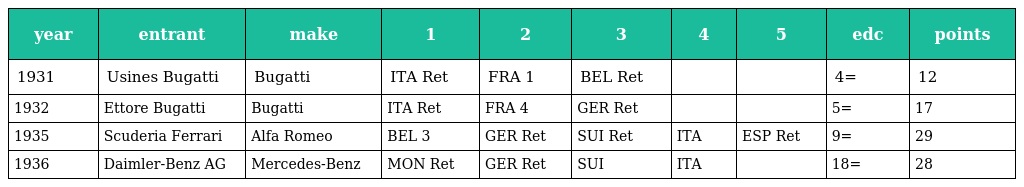
| year | entrant | make | 1 | 2 | 3 | 4 | 5 | edc | points |
 | --- | --- | --- | --- | --- | --- | --- | --- | --- | --- |
 | 1931 | Usines Bugatti | Bugatti | ITA Ret | FRA 1 | BEL Ret |  |  | 4= | 12 |
 | 1932 | Ettore Bugatti | Bugatti | ITA Ret | FRA 4 | GER Ret |  |  | 5= | 17 |
 | 1935 | Scuderia Ferrari | Alfa Romeo | BEL 3 | GER Ret | SUI Ret | ITA | ESP Ret | 9= | 29 |
 | 1936 | Daimler-Benz AG | Mercedes-Benz | MON Ret | GER Ret | SUI | ITA |  | 18= | 28 |